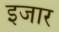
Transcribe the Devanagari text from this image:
इजार